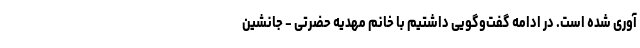
آوری شده است. در ادامه گفت‌وگویی داشتیم با خانم مهدیه حضرتی - جانشین